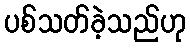
ပစ်သတ်ခဲ့သည်ဟု